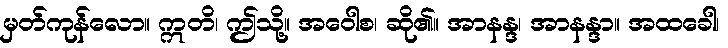
မှတ်ကုန်လော။ ဣတိ၊ ဤသို့။ အဝေါစ၊ ဆို၏။ အာနန္ဒ၊ အာနန္ဒာ။ အထခေါ၊